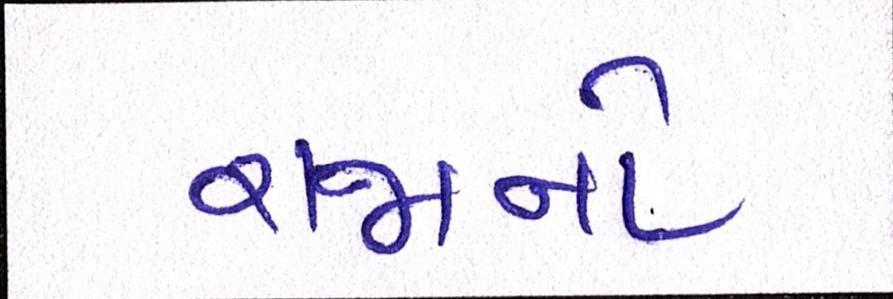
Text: રાજાનો